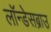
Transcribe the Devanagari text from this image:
लॉन्डेसब्राउ